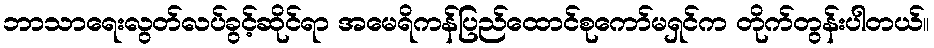
ဘာသာရေးလွတ်လပ်ခွင့်ဆိုင်ရာ အမေရိကန်ပြည်ထောင်စုကော်မရှင်က တိုက်တွန်းပါတယ်။